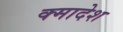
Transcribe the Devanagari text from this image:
क्मादेश